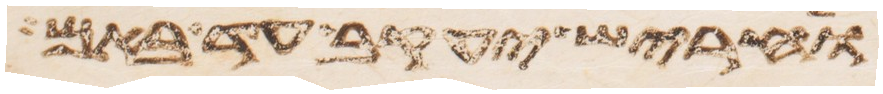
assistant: וחריש יעקב עד באם